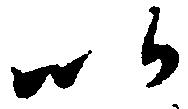
以